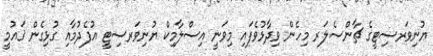
ޔުނިވަރސިޓީގެ ޗާންސެލަރ މިހެން ވިދާޅުވެފައި މިވަނީ އިސްލާމިކް ޔުނިވަރސިޓީ އުފެދުމާއި ގުޅިގެން ޤައުމީ